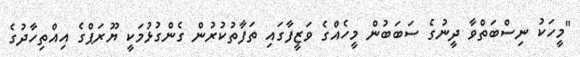
"މީހަކު ނިސްބަތްވާ ދީނުގެ ސަބަބުން މީހެއްގެ ވަޒީފާގައި ތަފާތުކުރުން ގެންގުޅުމަކީ ޔޫރަޕްގެ އިއްތިހާދުގެ